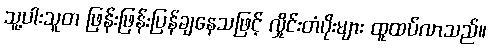
သူ့ပါးသူတ ဖြန်းဖြန်းပြန်ချနေသဖြင့် လှိုင်းတံပိုးများ ထူထပ်လာသည်။